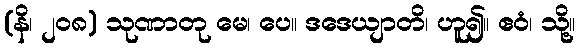
(နိ၊ ၂၀၈) သုဏာတု မေ၊ ပေ။ ဒဒေယျာတိ၊ ဟူ၍။ ဧဝံ၊ သို့။